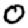
Digit: 0